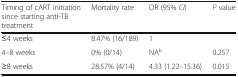
| Timing of cART initiation since starting anti-TB treatment | Mortality rate | OR (95% CI) | P value |
 | --- | --- | --- | --- |
 | ≤4 weeks | 8.47% (16/189) | 1 |  |
 | 4–8 weeks | 0% (0/14) | NAb | 0.257 |
 | ≥8 weeks | 28.57% (4/14) | 4.33 (1.22–15.36) | 0.015 |